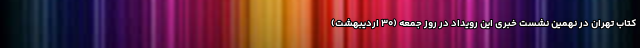
کتاب تهران در نهمین نشست خبری این رویداد در روز جمعه (۳۰ اردیبهشت)